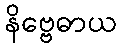
နိဗ္ဗေဓာယ